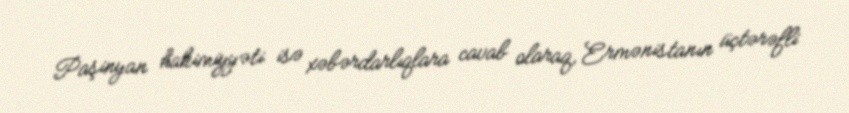
Paşinyan hakimiyyəti isə xəbərdarlıqlara cavab olaraq, Ermənistanın üçtərəfli